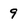
Character: 9